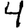
Digit: 4